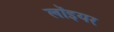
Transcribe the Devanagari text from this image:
लॉइयर